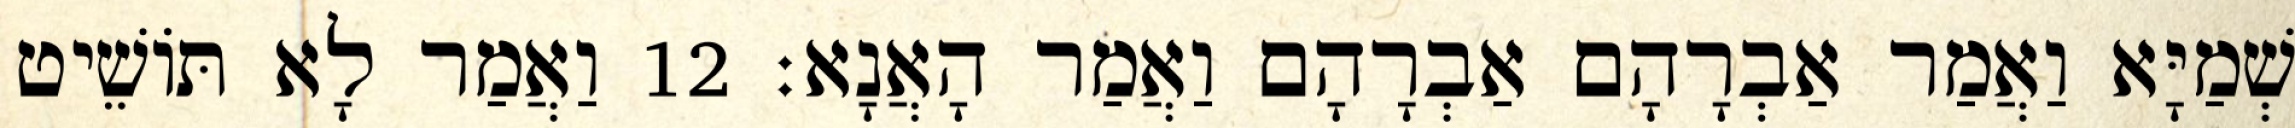
שְׁמַיָּא וַאֲמַר אַבְרָהָם אַבְרָהָם וַאֲמַר הָאֲנָא׃ 12 וַאֲמַר לָא תּוֹשֵׁיט